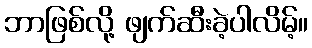
ဘာဖြစ်လို့ ဖျက်ဆီးခဲ့ပါလိမ့်။